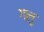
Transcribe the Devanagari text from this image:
गलु